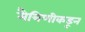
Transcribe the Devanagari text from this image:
मैत्रिणीकडून